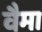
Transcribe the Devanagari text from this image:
वैमा